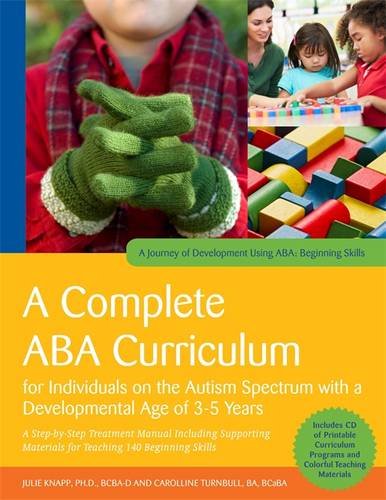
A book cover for A Complete ABA Curriculum for Individuals on the Autism Spectrum with a Developmental Age of 3-5 Years: A Step-by-Step Treatment Manual Including ... Skills (A Journey of Development Using ABA); Julie Knapp; Health, Fitness & Dieting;